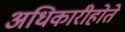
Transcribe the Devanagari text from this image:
अधिकारीहोते